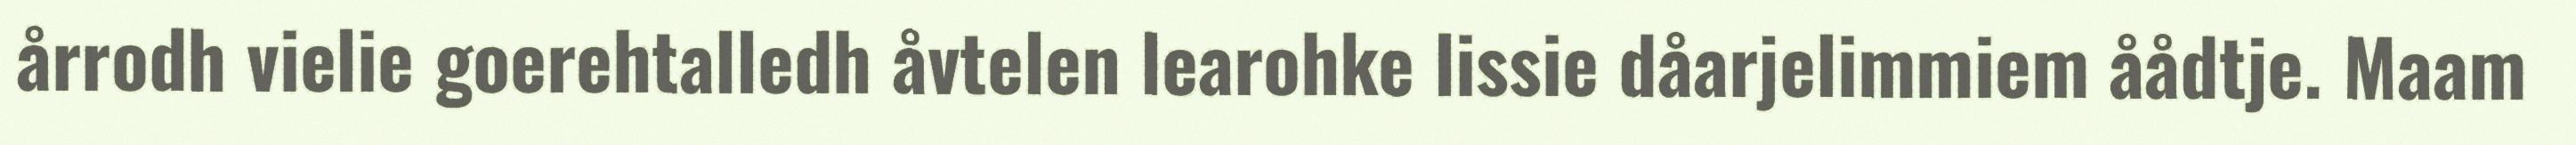
årrodh vielie goerehtalledh åvtelen learohke lissie dåarjelimmiem åådtje. Maam